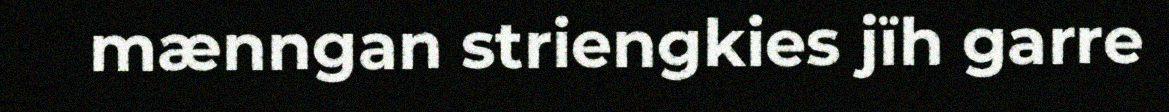
mænngan striengkies jïh garre